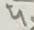
Text: 4